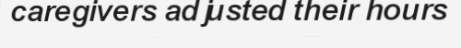
caregivers adjusted their hours